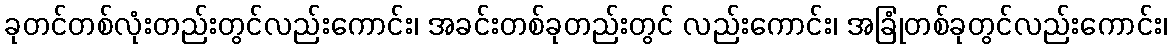
ခုတင်တစ်လုံးတည်းတွင်လည်းကောင်း၊ အခင်းတစ်ခုတည်းတွင် လည်းကောင်း၊ အခြုံတစ်ခုတွင်လည်းကောင်း၊